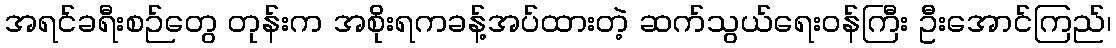
အရင်ခရီးစဉ်တွေ တုန်းက အစိုးရကခန့်အပ်ထားတဲ့ ဆက်သွယ်ရေးဝန်ကြီး ဦးအောင်ကြည်၊